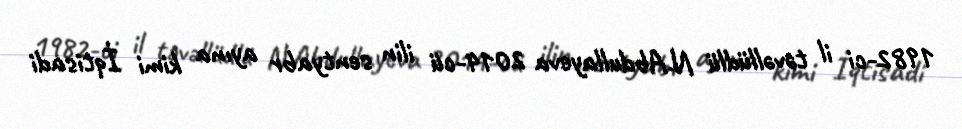
1982-ci il təvəllüdlü N.Abdullayeva 2014-cü ilin sentyabr ayına kimi İqtisadi